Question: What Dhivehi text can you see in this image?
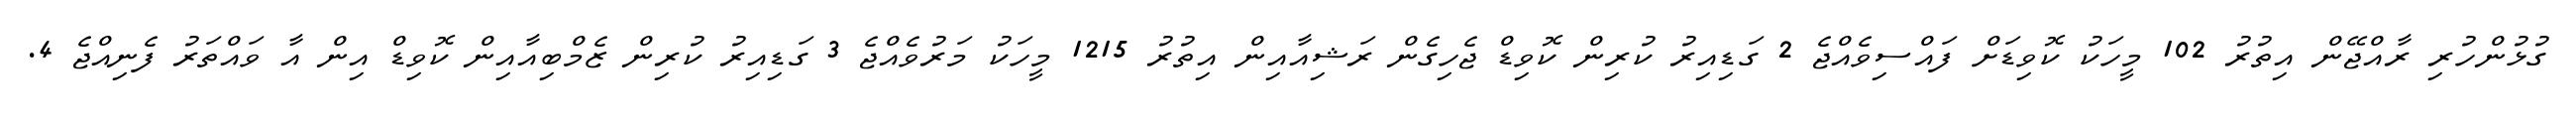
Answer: ގުޅުންހުރި ރާއްޖޭން އިތުރު 102 މީހަކު ކޮވިޑަށް ފައްސިވެއްޖެ 2 ގަޑިއިރު ކުރިން ކޮވިޑް ޖެހިގެން ރަޝިއާއިން އިތުރު 1215 މީހަކު މަރުވެއްޖެ 3 ގަޑިއިރު ކުރިން ޒެމްބިއާއިން ކޮވިޑް އިން އާ ވައްތަރު ފެނިއްޖެ 4.